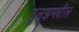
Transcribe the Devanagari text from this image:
तुलूझमधील